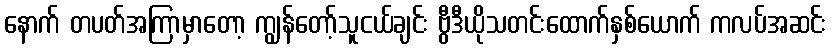
နောက် တပတ်အကြာမှာတော့ ကျွန်တော့်သူငယ်ချင်း ဗွီဒီယိုသတင်းထောက်နှစ်ယောက် ကလပ်အဆင်း